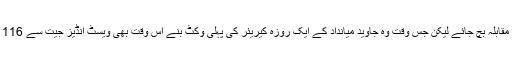
ان کی موجودگی میں ویسٹ انڈیز کو ڈھارس تھی کہ شاید مقابلہ بچ جائے لیکن جس وقت وہ جاوید میانداد کے ایک روزہ کیریئر کی پہلی وکٹ بنے اس وقت بھی ویسٹ انڈیز جیت سے 116 رنز دور تھا اور اس کی محض تین وکٹیں باقی بچی تھیں۔